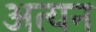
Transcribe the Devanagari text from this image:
अत्यन